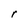
Character: r